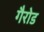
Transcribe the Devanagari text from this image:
गैरोड